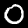
Label: 0